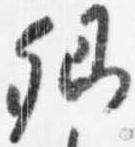
卿